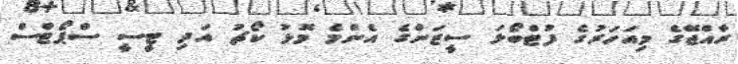
ރާއްޖޭގެ މިއަހަރުގެ ފުޓްބޯޅަ ސީޒަންގެ އެންމެ މޮޅު ކޯޗު އަދި ޓީސީ ސްޕޯޓްސް